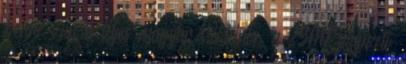
benne van a teljes magyar szókincs, a 2500 alapvető